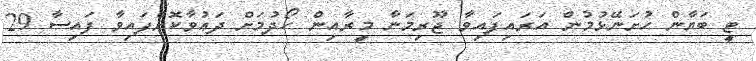
ޓީ ބަޔާން ހުށަނޭޅުމުން އަރައިފައިވާ ޖޫރިމަނާ މީރާއިން ހޯދުމަށް ދަޢުވާކޮށްފައިވާ ފައިސާ 29